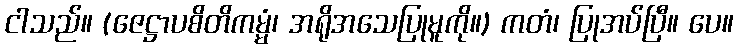
ငါသည်။ (ဇေဋ္ဌာပစိတိကမ္မံ၊ အရိုအသေပြုမူကို။) ကတံ၊ ပြုအပ်ပြီ။ ပေ။